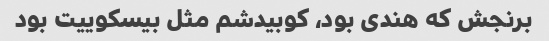
برنجش که هندی بود، کوبیدشم مثل بیسکوییت بود